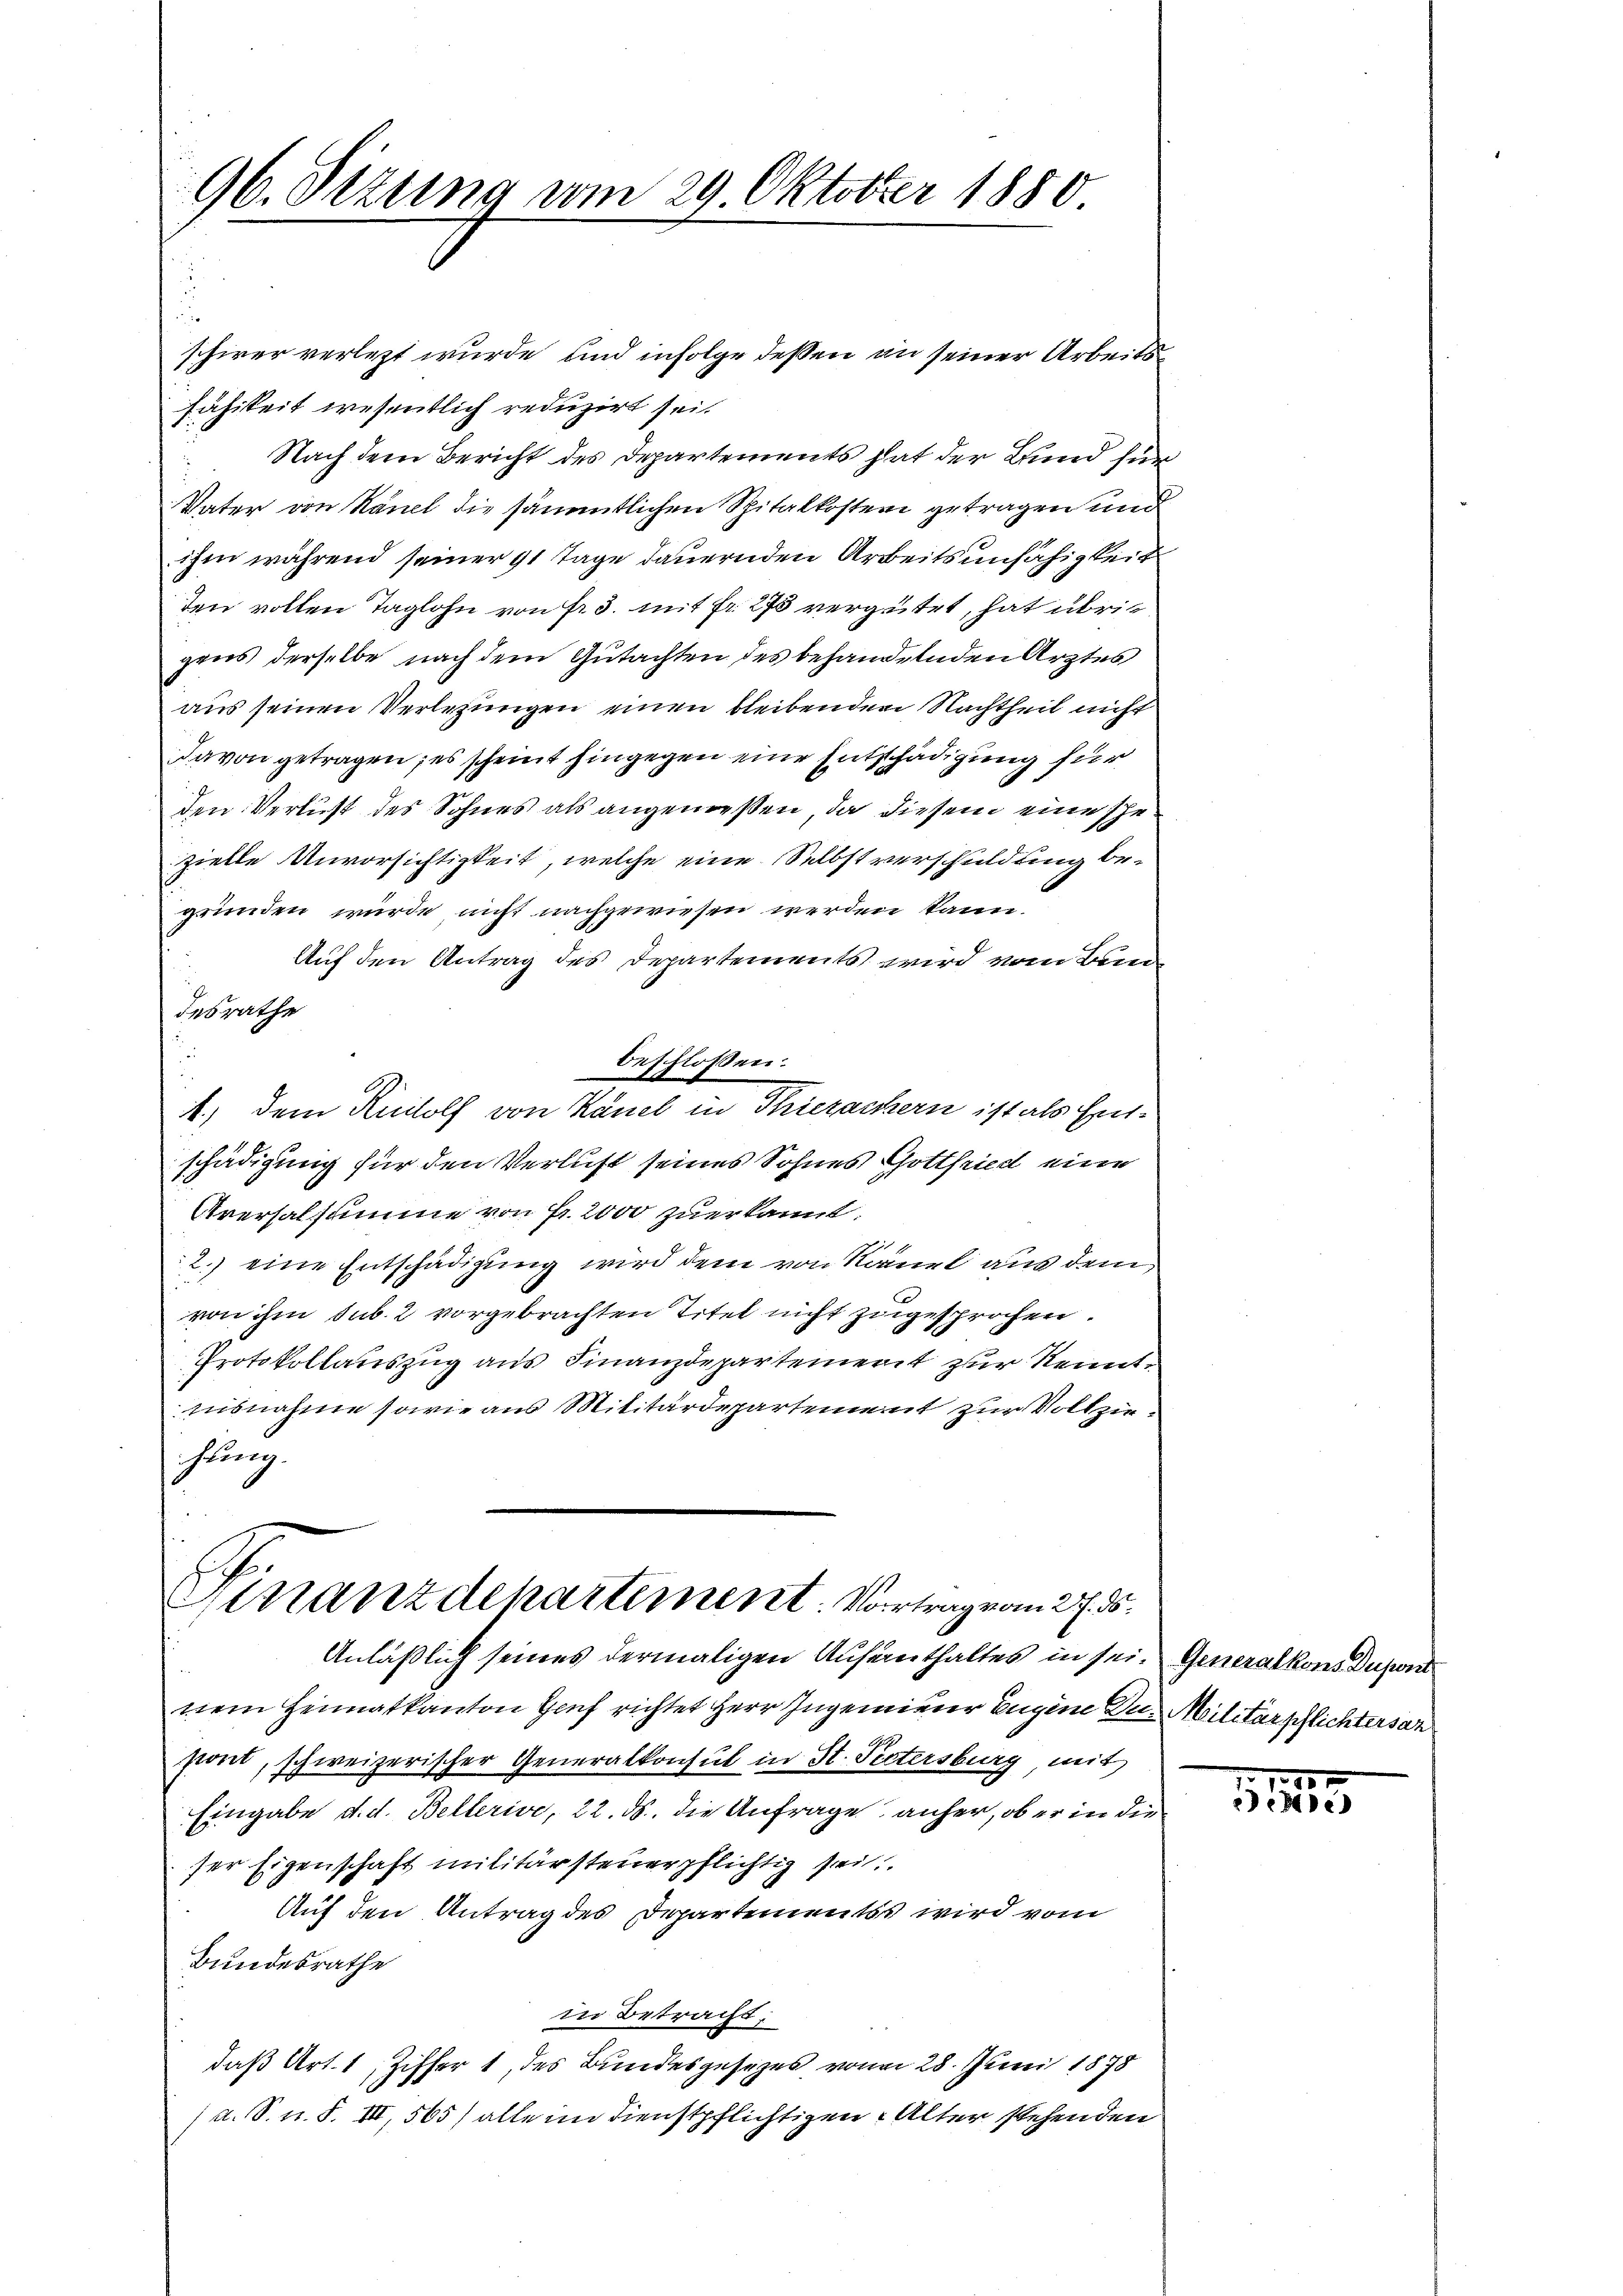
96. Sizung vom 29. Oktober 1880

schier verletzt wurde, und infolge deßen an seiner Arbeitssihikeit wesentlich reduzirt sei.
Nach dem Bericht des Departements hat der Bund für
b
Vater von Känel die sämmtlichen Spitalkosten getragen und
ihm während seiner 91 Tage dauernden Arbeitsunfähigkeit
ten vollen Taglohn von Fr. 3. mit fr. 273 vergütet, hat übrigens derselbe nach dem Gutachten des behandelnden Ärztes
aus seinen Verlesungen einen bleibenden Nachtheil nicht
davon getragen; es scheint hingegen eine Entschädigung für
den Verlust des Sohnes als angemeßen, da diesem eine Ehezielle Unvorsichtigkeit, welche eine Selbstverschuldung begründen würde nicht nachgewiesen werden kann.
Auf den Antrag des Departements wird vom Bann
desrathe
beschlossen:
1) dem Rudolf von Känel in Thierachern ist als Entschädigung für den Verlust seines Sohnes Gottfried eine
Aversalsumme von Fr. 2000 zuerkannt.
2.) eine Entschädigung wird dem von Ramel aus dem
von ihm sub. 2 vorgebrachten Titel nicht zugesprochen.
Protokollauszug aus Finanzdepartement zur Kenntaisnahme sowie aus Militärdepartement zur Vollziestung.

Finanzdepartement. Vortrag vom 27. d.

Anläßlich seines dermaligen Aufenthaltes in sei. Generalkons Dupont
nem Heimatkanton Genf richtet Herr Ingenieur Eugene Des Militärpflichtersan
stont, schweizerischer Generalkonsul in St. Pietersburg, mit
Eingabe d. d. Bellerive, 22. ds. die Anfrage anher, ob er in die
ser Eigenschaft militärsteuerpflichtig sei
Auf den Antrag des Departements wird vom
Bundesrathe
in Betracht:
daß Art. 1, Ziffer 1, des Bundesgesetzes, von 28. Juni 1878
a. S. n. F. II, 565) alle im Dienstpflichtigen. Alter stehenden

75.
2) ebe